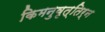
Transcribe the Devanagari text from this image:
किमनुवृत्तिर्न